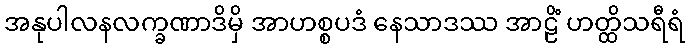
အနုပါလနလက္ခဏာဒိမှိ အာဟစ္စပဒံ နေသာဒဿ အာဠိံ ဟတ္ထိသရီရံ